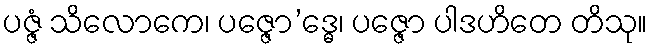
ပဇ္ဇံ သိလောကေ၊ ပဇ္ဇော’ဒ္ဓေ၊ ပဇ္ဇော ပါဒဟိတေ တိသု။